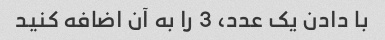
با دادن یک عدد، 3 را به آن اضافه کنید